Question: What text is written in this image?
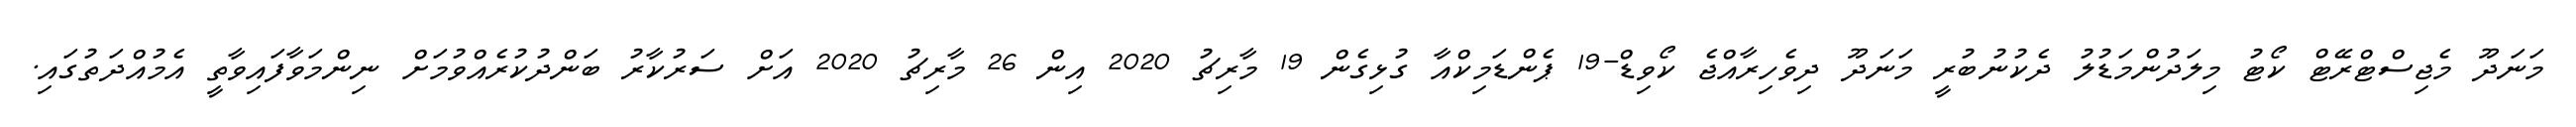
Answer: މަނަދޫ މެޖިސްޓްރޭޓް ކޯޓު މިލަދުންމަޑުލު ދެކުނުބުރީ މަނަދޫ ދިވެހިރާއްޖެ ކޯވިޑް-19 ޕެންޑަމިކްއާ ގުޅިގެން 19 މާރިޗު 2020 އިން 26 މާރިޗު 2020 އަށް ސަރުކާރު ބަންދުކުރެއްވުމަށް ނިންމަވާފައިވާތީ އެމުއްދަތުގައި.